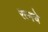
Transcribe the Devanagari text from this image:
रत्‍नचे